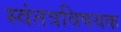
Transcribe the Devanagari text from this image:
स्वंतत्रविषयक